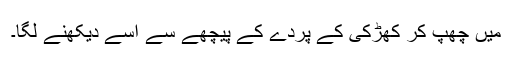
میں چھپ کر کھڑکی کے پردے کے پیچھے سے اسے دیکھنے لگا۔